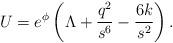
LaTeX: \begin{align*}U = e^{\phi}\left( \Lambda + \frac{q^2}{s^6} -\frac{6k}{s^2}\right).\end{align*}